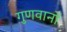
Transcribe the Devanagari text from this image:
गुणवानों